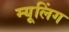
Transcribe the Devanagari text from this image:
म्यूलिंग